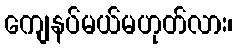
ကျေနပ်မယ်မဟုတ်လား၊